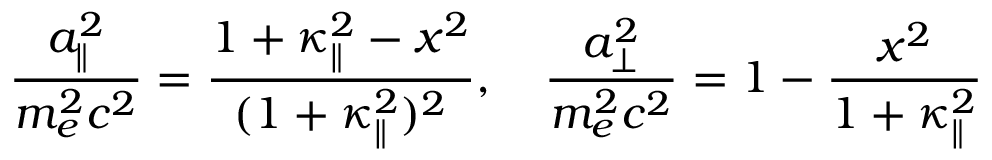
\frac { a _ { \| } ^ { 2 } } { m _ { e } ^ { 2 } c ^ { 2 } } = \frac { 1 + \kappa _ { \| } ^ { 2 } - x ^ { 2 } } { ( 1 + \kappa _ { \| } ^ { 2 } ) ^ { 2 } } , \quad \frac { a _ { \perp } ^ { 2 } } { m _ { e } ^ { 2 } c ^ { 2 } } = 1 - \frac { x ^ { 2 } } { 1 + \kappa _ { \| } ^ { 2 } }